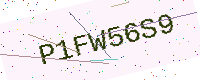
Text: P1FW56S9